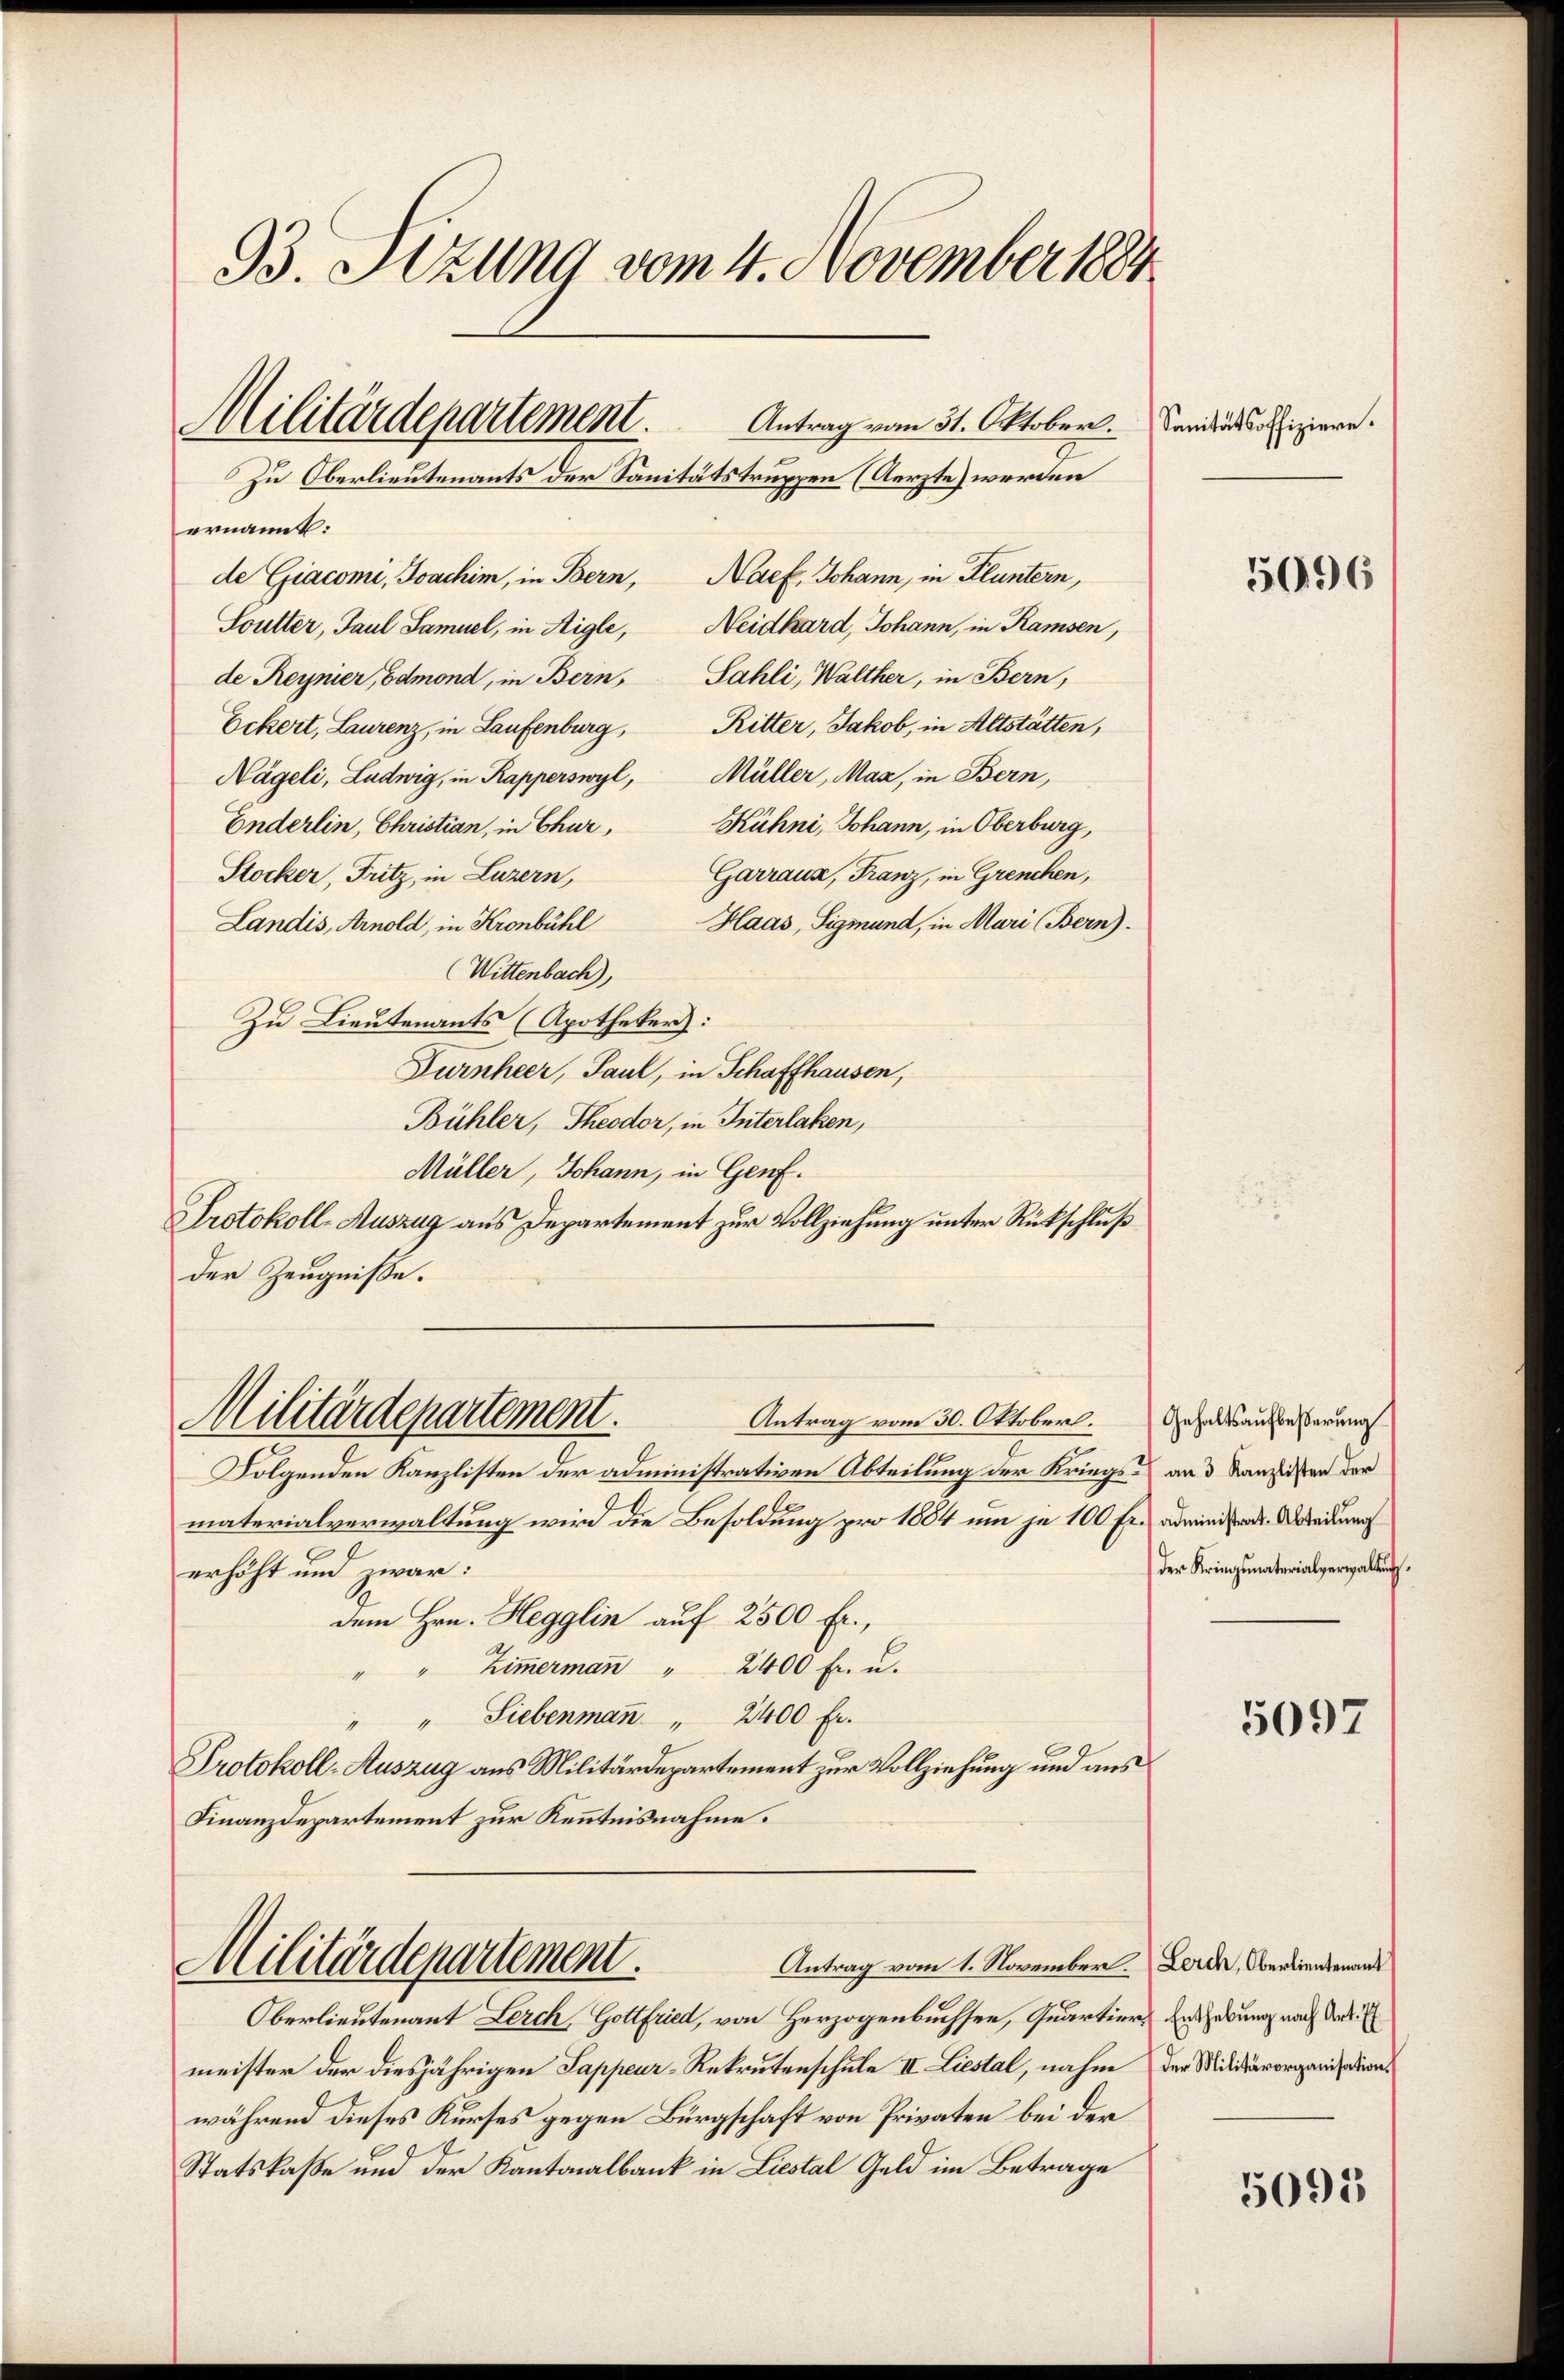
93. Sitzung vom 4. November 1884
Militärdepartement
Antrag vom 31. Oktober. Sanitätsoffiziere.
Zu Oberlieutenants der Sanitätstruppen (Aerzte) werden

ernannt:
de Giacomi, Joachim, in Bern, Naef, Johann, in Fluntern,
Neidhard, Johann, in Ramsen,
Soutter, Paul Samuel, in Aigle,
de Reynier, Edmond, in Bern, Sahli, Walther, in Bern,
Ritter, Jakob, in Altstätten,
Eckert, Laurenz, in Laufenburg,
Nägeli, Ludwig, in Kapperswyl, Müller, Maz, in Bern,
Enderlin, Christian, in Chur, Kühni, Johann, in Oberburg,
Garraus, Franz, in Grenchen,
Stocker, Fritz, in Luzern,
Haas, Sigmund, in Muri (Bern).
Landis, Arnold, in Kronbühl
Wittenbach),
Zu Lieutenants (Apotheker:
Furnheer, Paul, in Schaffhausen,
Bühler, Theodor, in Interlaken,
Müller, Johann, in Genf.
Protokoll-Auszug aus Departement zur Vollziehung unter Rückschluß
der Zeugniße.

Militärdepartement.
Antrag vom 30. Oktober. Gehaltsaufbesserung

Folgenden Kanzlisten der administrativen Abteilung der Kriegs- und Kanzlisten der
materialverwaltung wird die Besoldung pro 1884 um je 100 fr. administer Abredung
erhöht und zwar:
dem Hrn. Hegglin auf 2500 Fr.,
Zimmerman̅ " 2400 fr. u.
" Siebenman̅ " 2400 fr.
Protokoll-Auszug aus Militärdepartement zur Vollziehung und aus
Finanzdepartement zur Kenntnisnahme.

Antrag vom 1. November. Lerch, Oberlieutenans
Militärdepartement.

Oberlieutenant Lerch, Gottfried, von Herzogenbuchsen, Quartiers Enthebung nach das
meister der diesjährigen Sappeur-Rekrutenschule II. Liestal, nahm der Militärorganisations
während dieses Kurses gegen Bürgschaft von Privaten bei der
Statskaße und der Kantonalbank in Liestal Geld im Betrage

5096

Der Kriminaterialverwaltung.

5097

5095